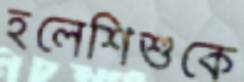
হলেশিশুকে